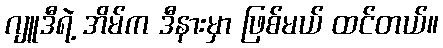
ဂျူဒီရဲ့ အိမ်က ဒီနားမှာ ဖြစ်မယ် ထင်တယ်။